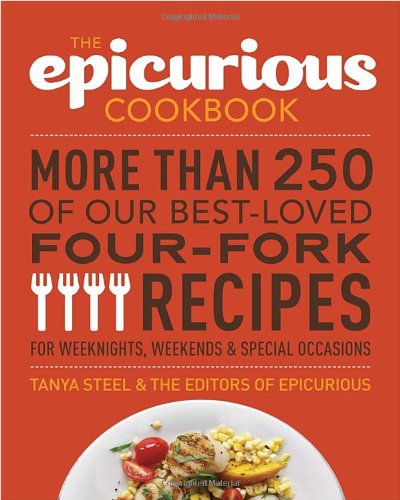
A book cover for The Epicurious Cookbook: More Than 250 of Our Best-Loved Four-Fork Recipes for Weeknights, Weekends & Special Occasions; Tanya Steel; Cookbooks, Food & Wine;